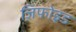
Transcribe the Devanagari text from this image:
ज़िफोइड